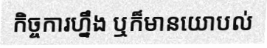
កិច្ចការហ្នឹង ឬក៏មានយោបល់